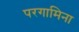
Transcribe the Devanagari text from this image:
परगामिना